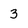
Character: 3